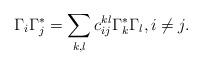
LaTeX: \begin{align*}\Gamma_i \Gamma_j^* = \sum_{k, l} c_{i j}^{k l} \Gamma_k^* \Gamma_l, i \neq j.\end{align*}